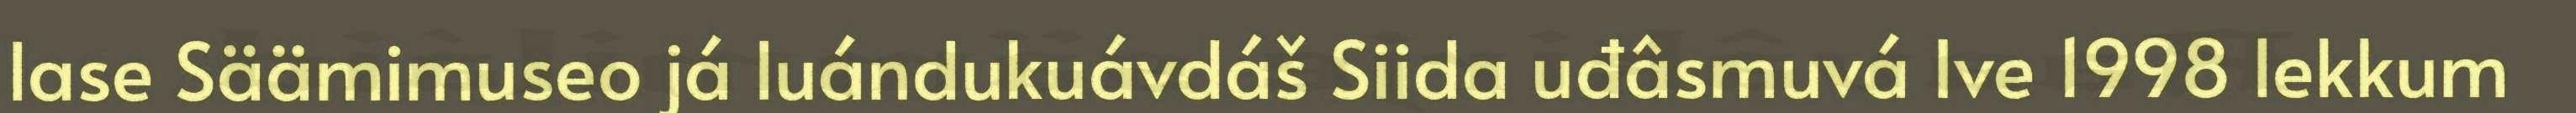
lase Säämimuseo já luándukuávdáš Siida uđâsmuvá Ive 1998 lekkum